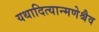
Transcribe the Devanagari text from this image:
यथादित्यान्मणेश्चैव